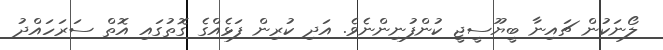
ލޯނަކުން ޗައިނާ ބީޔޫސީޖީ ކުންފުނިންނެވެ. އަދި ކުރިން ފަޅެއްގެ ގޮތުގައި އޮތް ސަރަހައްދު